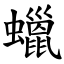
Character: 蠟